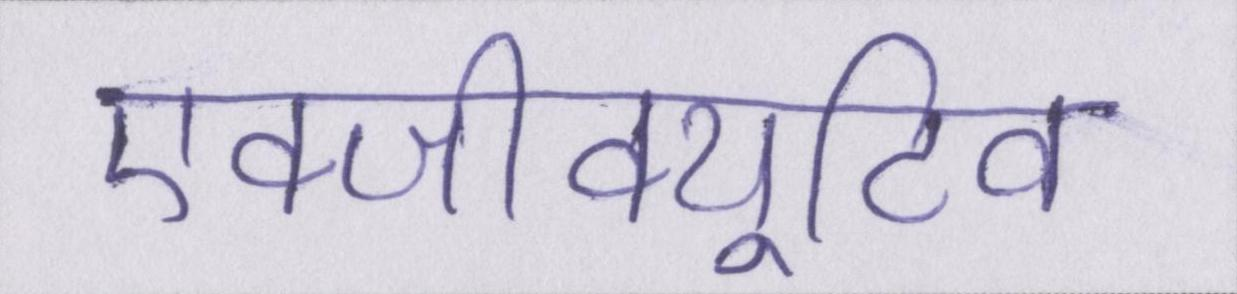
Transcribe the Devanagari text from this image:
एक्जीक्यूटिव